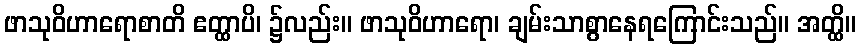
ဖာသုဝိဟာရောစာတိ ဧတ္ထာပိ၊ ၌လည်း။ ဖာသုဝိဟာရော၊ ချမ်းသာစွာနေရကြောင်းသည်။ အတ္ထိ။